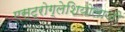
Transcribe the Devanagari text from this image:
एस्ट्रोग्लेशियोलाजी